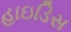
હાઇડિસ